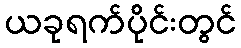
ယခုရက်ပိုင်းတွင်